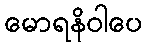
မောရနိဝါပေ